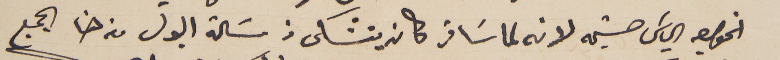
الخواجه الياسَ حشيمه لانه لما سًافر كان يتشكى من مسًالة البول من هنا الجميع